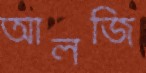
আলজি